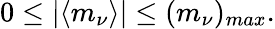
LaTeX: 0\leq|\langle m_{\nu}\rangle|\leq(m_{\nu})_{max}.